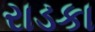
રાડકા